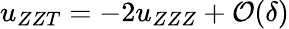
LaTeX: u_{ZZT}=-2u_{ZZZ}+\mathcal{O}(\delta)